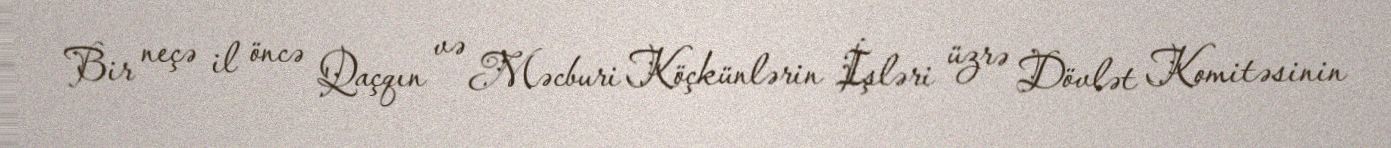
Bir neçə il öncə Qaçqın və Məcburi Köçkünlərin İşləri üzrə Dövlət Komitəsinin